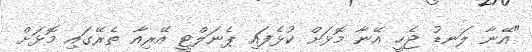
"އޭނާ ލަނޑު ޖެހީ އޭނާ މޮޅަށް ކުޅެފައި ޕެނަލްޓީ އޭރިއާ ތެރޭގައި މޮޅަށް